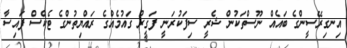
އިނގިރޭސީންގެ ބައެއް ނޫސްތަކުން ޝެރީ ސިފަކުރަނީ ފަގީރު ގައުމެއްގެ ރައްޔިތުންގެ ޓެކްސް ފައިސާ